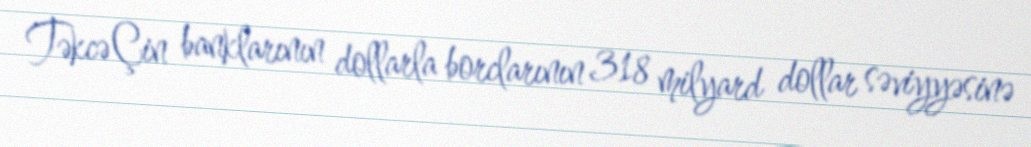
Təkcə Çin banklarının dollarla borclarının 318 milyard dollar səviyyəsinə